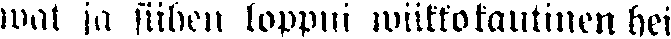
wat ja siihen loppui wiikkokautinen hei